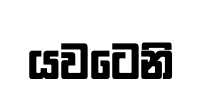
යවටෙනි